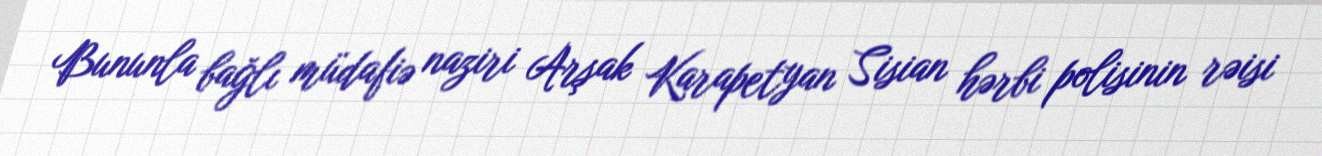
Bununla bağlı müdafiə naziri Arşak Karapetyan Sisian hərbi polisinin rəisi